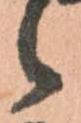
候